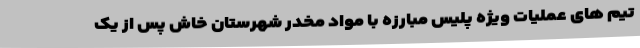
تیم های عملیات ویژه پلیس مبارزه با مواد مخدر شهرستان خاش پس از یک